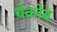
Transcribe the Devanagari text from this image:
चेकोव